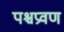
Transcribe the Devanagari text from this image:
पश्चप्रवण